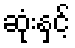
ဆုံးနှင့်